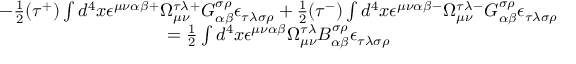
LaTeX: \begin{array} { c } { { - \frac 1 2 ( \tau ^ { + } ) \int d ^ { 4 } x \epsilon ^ { \mu \nu \alpha \beta } { } ^ { + } \Omega _ { \mu \nu } ^ { \tau \lambda } { } ^ { + } G _ { \alpha \beta } ^ { \sigma \rho } { } \epsilon _ { \tau \lambda \sigma \rho } + \frac 1 2 ( \tau ^ { - } ) \int d ^ { 4 } x \epsilon ^ { \mu \nu \alpha \beta } { } ^ { - } \Omega _ { \mu \nu } ^ { \tau \lambda } { } ^ { - } G _ { \alpha \beta } ^ { \sigma \rho } { } \epsilon _ { \tau \lambda \sigma \rho } } } \\ { { = \frac 1 2 \int d ^ { 4 } x \epsilon ^ { \mu \nu \alpha \beta } { } \Omega _ { \mu \nu } ^ { \tau \lambda } { } B _ { \alpha \beta } ^ { \sigma \rho } { } \epsilon _ { \tau \lambda \sigma \rho } } } \end{array}